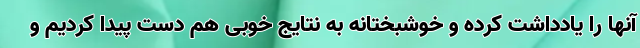
آنها را یادداشت کرده و خوشبختانه به نتایج خوبی هم دست پیدا کردیم و